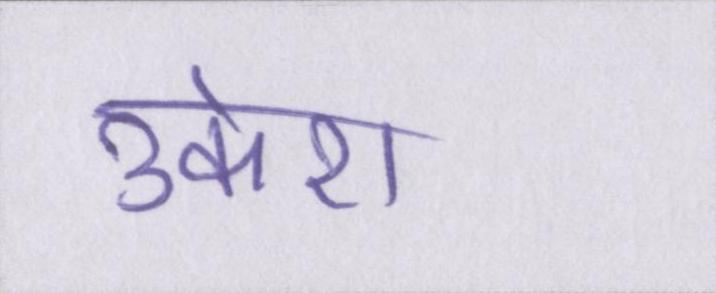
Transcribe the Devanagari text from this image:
उकेरा